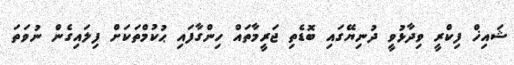
ޝައިޚް ފިކްރީ ވިދާޅުވީ ދުނިޔޭގައި ބޮޑެތި ޖަރީމާތައް ހިންގާފައި ޙުކުމްތަކަށް ފިލައިގެން ނުވަތަ